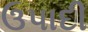
ઉપાદી